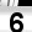
Digit: 6